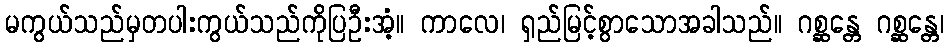
မကွယ်သည်မှတပါးကွယ်သည်ကိုပြဦးအံ့။ ကာလေ၊ ရှည်မြင့်စွာသောအခါသည်။ ဂစ္ဆန္တေ ဂစ္ဆန္တေ၊